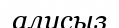
алусыз